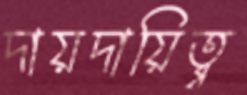
দায়দায়িত্ব্ব